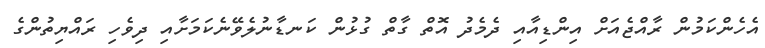
އެހެންކަމުން ރާއްޖެއަށް އިންޑިއާއި ދެމެދު އޮތް ގާތް ގުޅުން ކަނޑާނުލެވޭނެކަމަށާއި ދިވެހި ރައްޔިތުންގެ